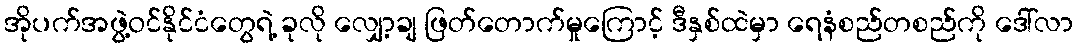
အိုပက်အဖွဲ့ဝင်နိုင်ငံတွေရဲ့ ခုလို လျှော့ချ ဖြတ်တောက်မှုကြောင့် ဒီနှစ်ထဲမှာ ရေနံစည်တစည်ကို ဒေါ်လာ